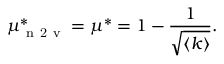
\mu _ { \mathrm { ~ n ~ 2 ~ v ~ } } ^ { * } = \mu ^ { * } = 1 - \frac { 1 } { \sqrt { \langle k \rangle } } .